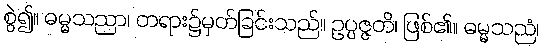
စွဲ၍။ ဓမ္မသညာ၊ တရား၌မှတ်ခြင်းသည်။ ဥပ္ပဇ္ဇတိ၊ ဖြစ်၏။ ဓမ္မသညံ၊